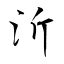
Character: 沂